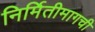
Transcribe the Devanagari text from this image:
निर्मितीमागची